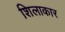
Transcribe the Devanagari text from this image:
शिलाकार